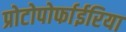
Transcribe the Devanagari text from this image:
प्रोटोपोर्फाईरिया